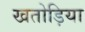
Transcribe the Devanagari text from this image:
खतोड़िया